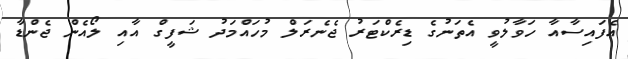
އެފައިސާއާ ހަވާލުވީ އެތަނުގެ ޑިރެކްޓަރު ޖެނެރަލް މުހައްމަދު ޝަފީގް އާއި ލޯއެން ޖެންޑާ